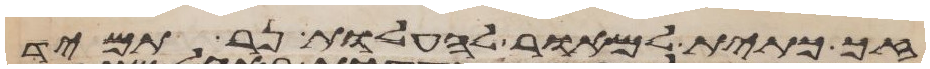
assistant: זך כתית למאור להעלות נר תמיד